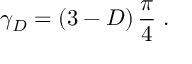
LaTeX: \gamma _ { { D } } = \left( 3 - D \right) \frac { \pi } { 4 } \; .